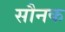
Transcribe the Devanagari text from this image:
सौनक